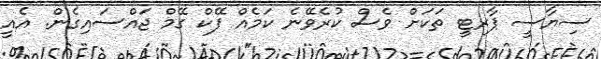
ސިޔާސީ ޕާރޓީ ތަކަށް ވެސް ކުރެވޭނެ ކަމެއް ފޭކް ގޭމް ޖައްސައިގެން. އެއީ